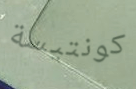
كونتيسة